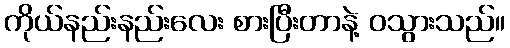
ကိုယ်နည်းနည်းလေး စားပြီးတာနဲ့ ဝသွားသည်။